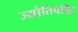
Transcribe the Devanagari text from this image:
ज्योतिषविंद